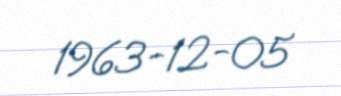
1963-12-05